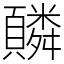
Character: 䫰